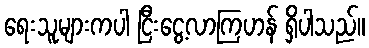
ရေးသူများကပါ ငြီးငွေ့လာကြဟန် ရှိပါသည်။